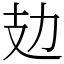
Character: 攰